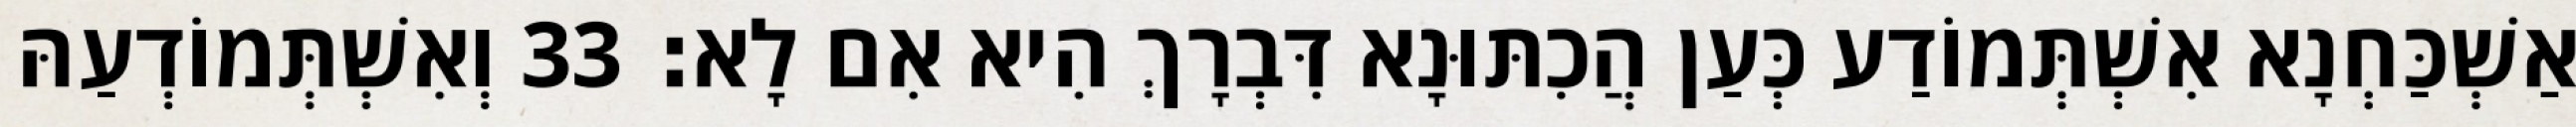
אַשְׁכַּחְנָא אִשְׁתְּמוֹדַע כְּעַן הֲכִתּוּנָא דִּבְרָךְ הִיא אִם לָא׃ 33 וְאִשְׁתְּמוֹדְעַהּ